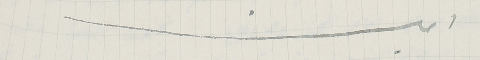
امين